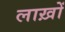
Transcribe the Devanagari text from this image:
लाख़ों